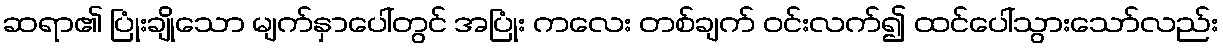
ဆရာ၏ ပြုံးချိုသော မျက်နှာပေါ်တွင် အပြုံး ကလေး တစ်ချက် ဝင်းလက်၍ ထင်ပေါ်သွားသော်လည်း